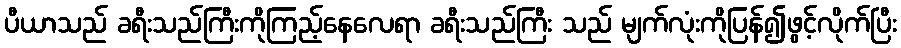
ပီယာသည် ခရီးသည်ကြီးကိုကြည့်နေလေရာ ခရီးသည်ကြီး သည် မျက်လုံးကိုပြန်၍ဖွင့်လိုက်ပြီး